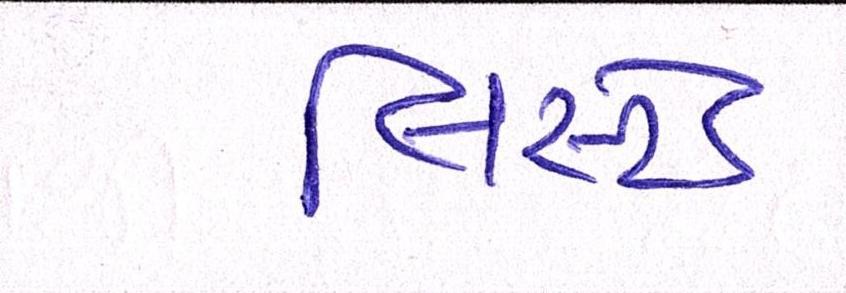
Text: લિસ્ટેડ